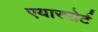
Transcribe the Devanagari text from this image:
एयारपोर्ट